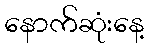
နောက်ဆုံးနေ့